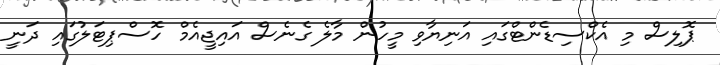
ޕޮލިސް މި އެކްސިޑެންޓްގައި އަނިޔާވި މީހުން މާލެ ގެނެސް އައިޖީއެމް ހޮސްޕިޓަލުގައި ދަނީ